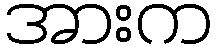
အားက